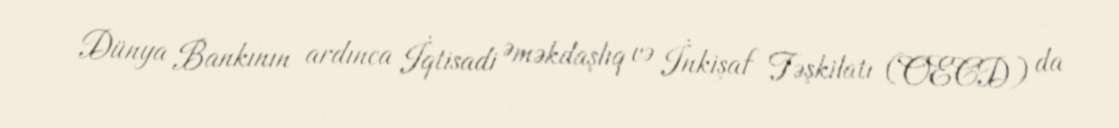
Dünya Bankının ardınca İqtisadi Əməkdaşlıq və İnkişaf Təşkilatı (OECD) da